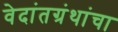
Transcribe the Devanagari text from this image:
वेदांतग्रंथांचा